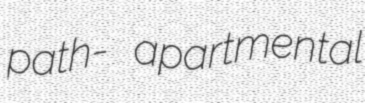
path- apartmental